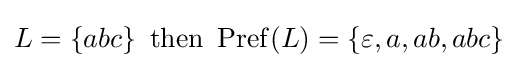
L=\left\{abc\right\}{\mbox{ then }}\operatorname {Pref} (L)=\left\{\varepsilon ,a,ab,abc\right\}